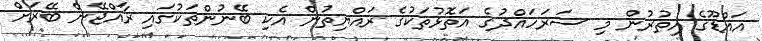
އައްޑޫގެ އިތުރުން މި ސަރަހައްދުގެ އަތޮޅުތަކުގެ ރައްޔިތުން އެކި ބޭނުންތަކުގައި ރާއްޖޭން ބޭރަށް